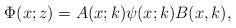
LaTeX: \begin{align*}\Phi(x;z)=A(x;k)\psi(x;k)B(x,k),\end{align*}